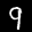
Label: 9